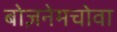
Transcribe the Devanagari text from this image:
बोज़नेमचोवा